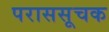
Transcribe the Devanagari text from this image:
पराससूचक